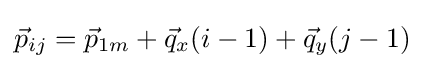
{\vec {p}}_{ij}={\vec {p}}_{1m}+{\vec {q}}_{x}(i-1)+{\vec {q}}_{y}(j-1)